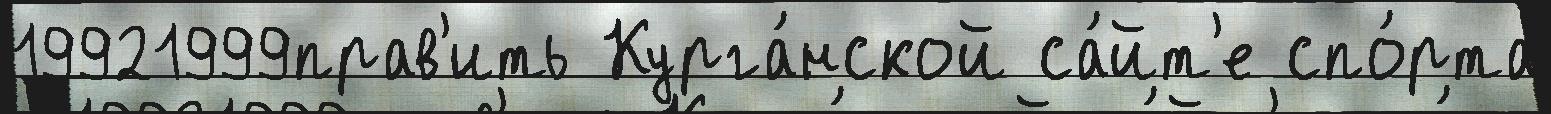
19921999прав'ить Курга́нской са́йт'е спо́рта